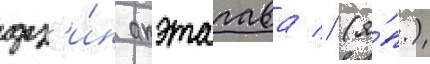
дз'и́н акэтагава // (я́п.)